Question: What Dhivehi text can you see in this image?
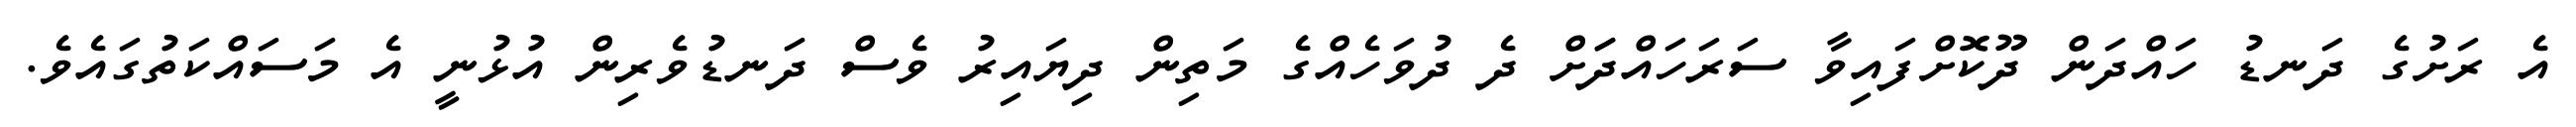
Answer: އެ ރަށުގެ ދަނޑު ހައްދަން ދޫކޮށްފައިވާ ސަރަހައްދަަށް ދެ ދުވަހެއްގެ މަތިން ދިޔައިރު ވެސް ދަނޑުވެރިން އުޅުނީ އެ މަސައްކަތުގައެވެ.